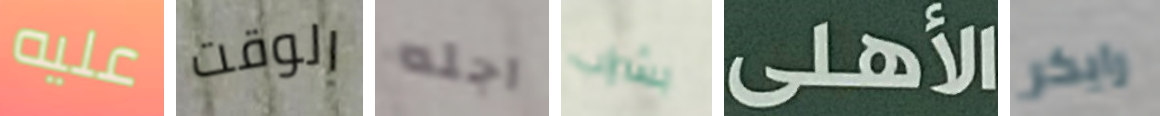
عليه الوقت اجله بشراب الأهلى رايكر